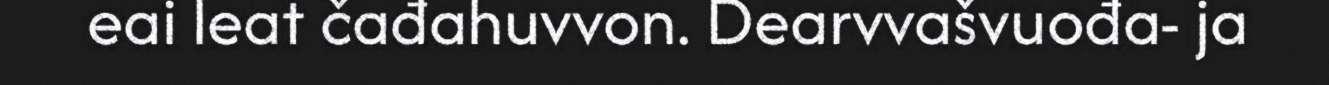
eai leat čađahuvvon. Dearvvašvuođa- ja